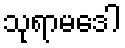
သုရာမဒေါ